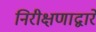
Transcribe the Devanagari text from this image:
निरीक्षणाद्वारे